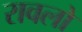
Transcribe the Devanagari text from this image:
रावलो